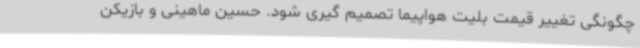
چگونگی تغییر قیمت بلیت هواپیما تصمیم گیری شود. حسین ماهینی و بازیکن